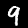
Label: 9